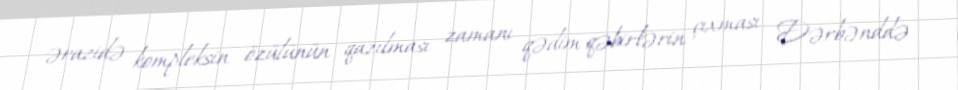
ərazidə kompleksin özülünün qazılması zamanı qədim qəbirlərin çıxması Dərbənddə